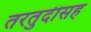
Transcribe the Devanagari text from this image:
तरतुदीसह